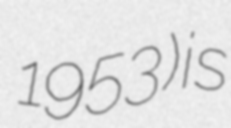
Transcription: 1953) is